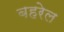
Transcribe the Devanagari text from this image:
बहरेल